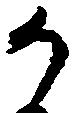
か